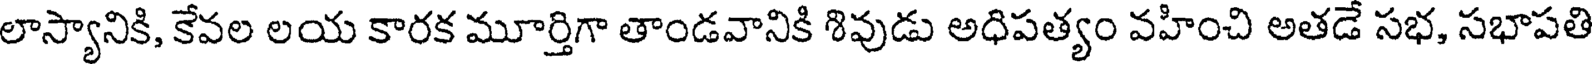
లాస్యానికి, కేవల లయ కారక మూర్తిగా తాండవానికి శివుడు అధిపత్యం వహించి అతడే సభ, సభాపతి